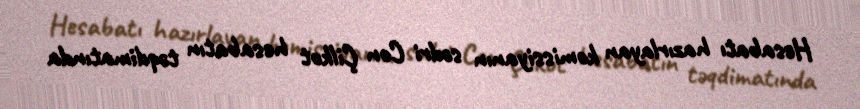
Hesabatı hazırlayan komissiyanın sədri Con Çilkot hesabatın təqdimatında